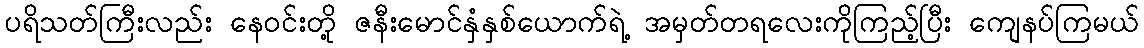
ပရိသတ်ကြီးလည်း နေဝင်းတို့ ဇနီးမောင်နှံနှစ်ယောက်ရဲ့ အမှတ်တရလေးကိုကြည့်ပြီး ကျေနပ်ကြမယ်